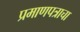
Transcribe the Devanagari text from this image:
प्रमाणपत्राचा